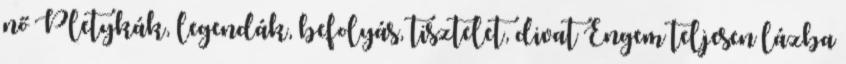
nő Pletykák, legendák, befolyás, tisztelet, divat Engem teljesen lázba